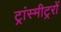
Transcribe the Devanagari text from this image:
ट्रांस्मीट्ररों